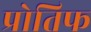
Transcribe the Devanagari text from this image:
प्रोतिफ